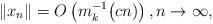
LaTeX: \begin{align*}\|x_n\|=O\left(m_k^{-1}\big(cn)\right),n\to\infty,\end{align*}